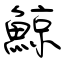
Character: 鯨